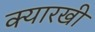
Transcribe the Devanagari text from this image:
क्यारखी